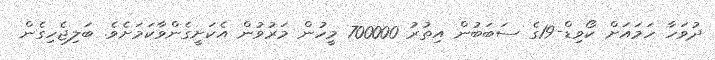
ދުވަހާ ހަމައަށް ކޯވިޑް-19ގެ ސަބަބުން އިތުރު 700000 މީހުން މަރުވުން އެކަށީގެންވާކަމަށެވެ. ބަލިޖެހިގެން